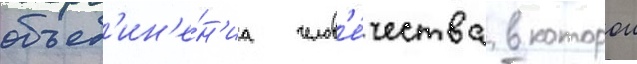
объед'ин'е́н'иа челов'е́чества в которои